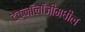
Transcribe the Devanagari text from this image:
टेक्नॉलॉजीमधील